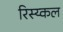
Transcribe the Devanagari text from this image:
रिस्य्कल